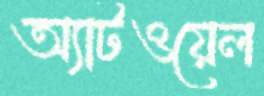
অ্যাটওয়েল